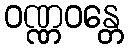
ဝဏ္ဏဝန္တေ